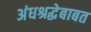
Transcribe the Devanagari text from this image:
अंधश्रद्धेबाबत